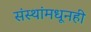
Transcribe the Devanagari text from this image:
संस्थांमधूनही